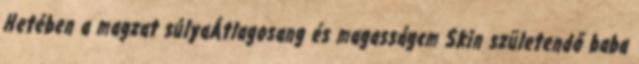
Hetében a magzat súlyaÁtlagosang és magasságcm Skin születendő baba